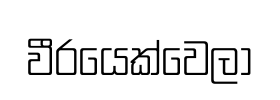
වීරයෙක්වෙලා